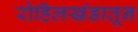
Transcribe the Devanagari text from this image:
रोहिलखंडातून